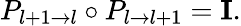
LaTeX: P_{l+1\rightarrow l}\circ P_{l\rightarrow l+1}=\mathbf{I}.